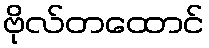
ဗိုလ်တထောင်